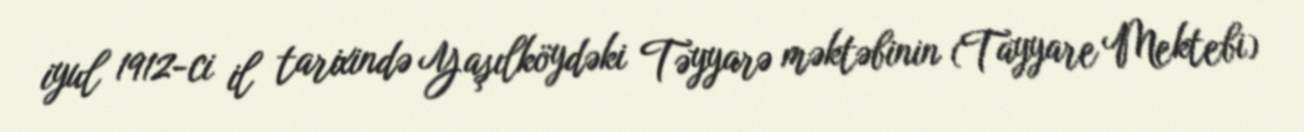
iyul 1912-ci il tarixində Yaşılköydəki Təyyarə məktəbinin (Tayyare Mektebi)